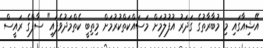
އޭޝިއާގައި މި މުބާރާތުގެ ގަދަރު އުފުލުމަށް މަސައްކަތްކުރުމަށް މިތިބީ ކެތްމަދުވެފައި" ސާފްގެ ރައީސް